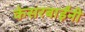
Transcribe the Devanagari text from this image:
केसरबाईंनी